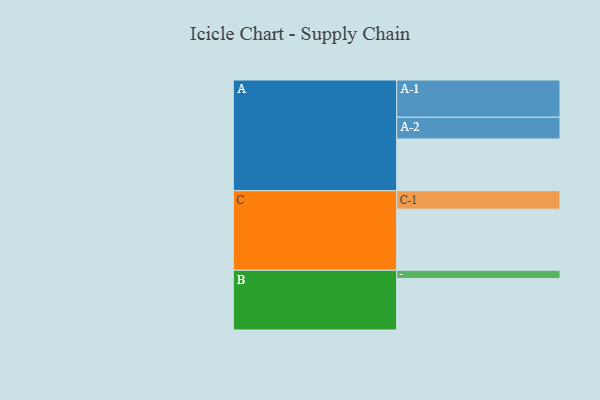
{"axis": {"x": "Segment", "y": "Value"}, "legend": ["", "A", "B", "C"], "data": [{"x": "A", "y": 410, "type": ""}, {"x": "B", "y": 408, "type": ""}, {"x": "C", "y": 484, "type": ""}, {"x": "A-1", "y": 295, "type": "A"}, {"x": "A-2", "y": 172, "type": "A"}, {"x": "B-1", "y": 65, "type": "B"}, {"x": "C-1", "y": 146, "type": "C"}]}